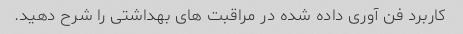
کاربرد فن آوری داده شده در مراقبت های بهداشتی را شرح دهید.